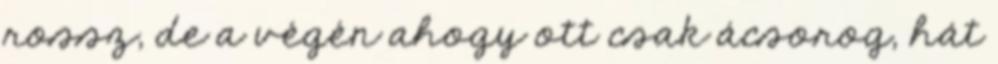
rossz, de a végén ahogy ott csak ácsorog, hát